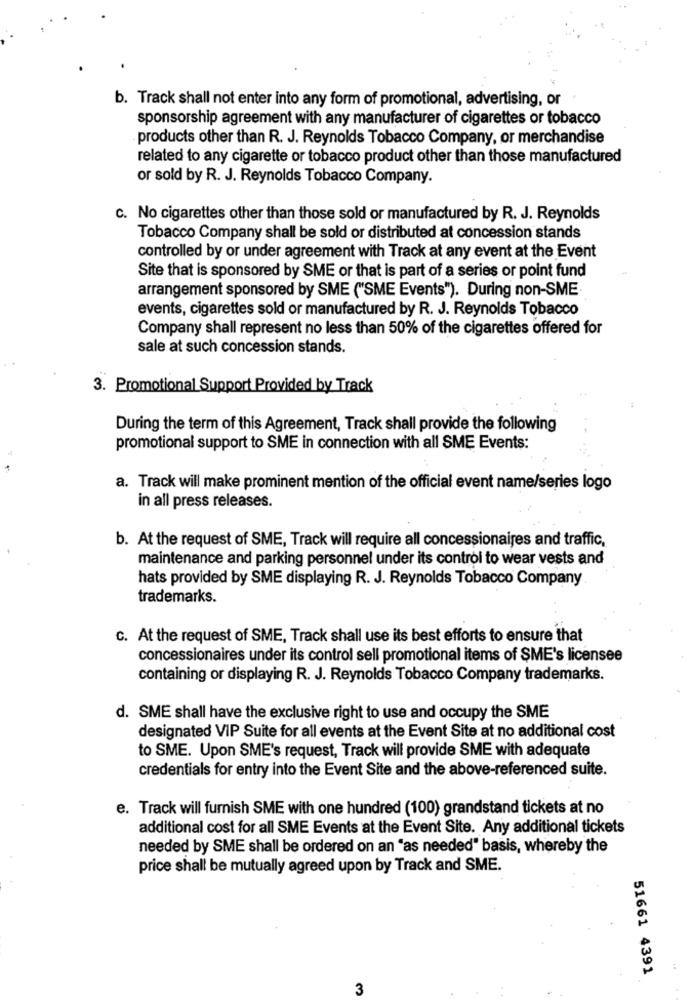
b. Track shall not enter into any form of promotional, advertising, or
sponsorship agreement with any manufacturer of cigarettes or tobacco
products other than R. J. Reynolds Tobacco Company, or merchandise
related to any cigarette or tobacco product other than those manufactured
or sold by R. J. Reynolds Tobacco Company.
c. No cigarettes other than those sold or manufactured by R. J. Reynolds
Tobacco Company shall be sold or distributed at concession stands
controlled by or under agreement with Track at any event at the Event
Site that is sponsored by SME or that is part of a series or point fund
arrangement sponsored by SME ("SME Events"). During non-SME
events, cigarettes sold or manufactured by R. J. Reynolds Tobacco
Company shall represent no less than 50% of the cigarettes offered for
sale at such concession stands.
3. Promotional Support Provided by Track
During the term of this Agreement, Track shall provide the following
promotional support to SME in connection with all SME Events:
a. Track will make prominent mention of the official event name/series logo
in all press releases.
b. At the request of SME, Track will require all concessionaires and traffic,
maintenance and parking personnel under its control to wear vests and
hats provided by SME displaying R. J. Reynolds Tobacco Company
trademarks.
c. At the request of SME, Track shall use its best efforts to ensure that
concessionaires under its control sell promotional items of SME's licensee
containing or displaying R. J. Reynolds Tobacco Company trademarks.
d. SME shall have the exclusive right to use and occupy the SME
designated VIP Suite for all events at the Event Site at no additional cost
to SME. Upon SME's request, Track will provide SME with adequate
credentials for entry into the Event Site and the above-referenced suite.
e. Track will furnish SME with one hundred (100) grandstand tickets at no
additional cost for all SME Events at the Event Site. Any additional tickets
needed by SME shall be ordered on an "as needed" basis, whereby the
price shall be mutually agreed upon by Track and SME.
51661 4391
3